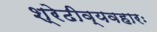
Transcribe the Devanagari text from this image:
श्रेढीव्यवहारः